Annual report of the Madras Medical College
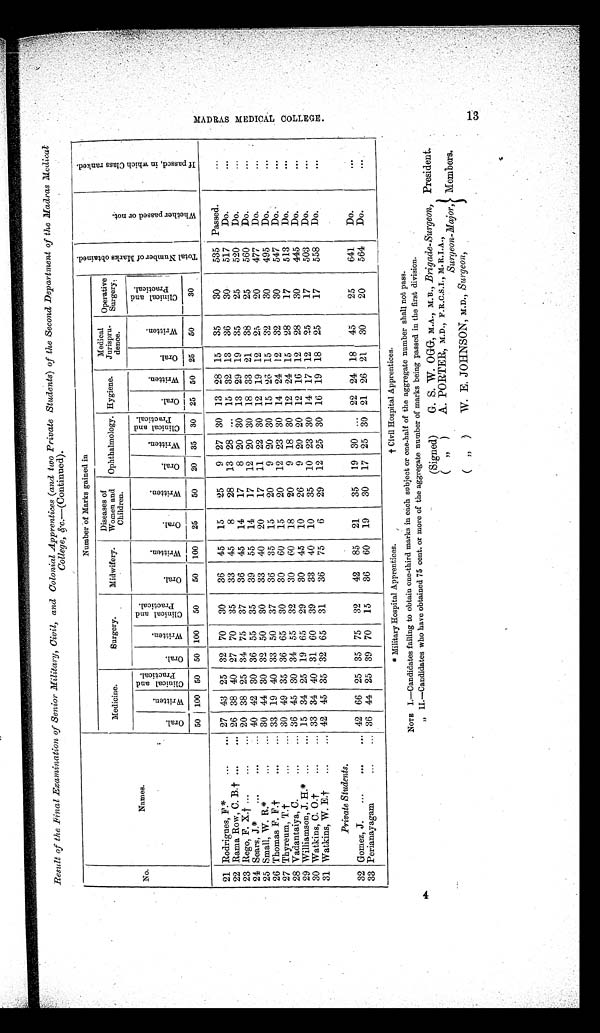
Result of the Final Examination of Senior Military, Civil, and Colonial Apprentices (and two Private Students) of the Second Department of the Madras Medical
College, &.c.—(Continued).
No.
Names.
Number of Marks gained in
T o t a l N u m b e r o f M a r k s o b t a i n e d .
W h e t e r p a s s e d o r n o t .
I f p a s s e d , i n w h i c h C l a s s r a n k e d .
Medicine.
Surgery.
Midwifery.
Diseases of
Women and
Children.
Ophthalmology. Hygiene.
Medical
Jurispru-
dence.
Operative
Surgery.
Oral .
W r i t t e n .
C l i n i c a l a n d P r a c t i c a l .
Oral .
Wr i t t e n .
C l i n i c a l a n d P r a c t i c a l .
Oral.
Wr i t t en.
Oral.
Wr i t t en.
Oral.
Wr i t t e n.
Cl i n i c a l a n d P r a c t i c a l .
Oral.
Wr i t t en.
Oral.
Wr i t t e n.
Cl i n i c a l a n d P r a c t i c a l .
50 100 50 50 100 50
50 100 25
50 20 35 30 25 50 25
50
30
21 Rodrigues ues, F.*
...
... 27 43 25 32 70 30
36 45 15
25
9 27 30 13 28 15 35
30
535 Passed.
...
22 Rama Row, C. B.† ...
... 26 38 40 27 70 35
33 45
8
28 13 28 ... 15 32 13 36
30
517
Do.
...
23 Rego, F. X.† ...
...
... 20 38 25 34 75 37
36 45 14
17
8 20 30 13 29 19 35
25
520
Do.
...
24 Sears, J.*
...
...
... 40 42 30 36 55 35
39 55 14
17 12 20 30 18 33 21 38
25
560
Do.
...
25 Small, W. R.*
...
... 30 44 30 32 50 30
33 40 20
17 11 22 30 12 19 12 25
20
477
Do.
...
26 Thomas F. F.†
...
... 33 19 40 33 50 37
36 35 15
20
9 20 30 15 26 15 32
30
495
Do.
...
27 Thyreum, T.†
...
... 30 49 35 36 65 30
30 60 15
20 12 23 30 14 24 12 32
30
547
Do.
...
28 Vadantaiya, C.
...
... 36 45 30 34 55 32
30 60 18
20
9 18 30 12 24 15 28
17
513
Do.
...
29 Williamson, J. H.* ...
... 15 34 25 19 65 29
30 45 10
26
9 20 20 12 16 12 28
30
445
Do.
...
30 Watkins, C. O.†
...
... 33 34 40 31 60 39
33 40 10
35 10 23 30 14 17 12 25
17
503
Do.
...
31 Watkins, W. E.†
...
... 42 45 35 32 65 31
36 75
6
29 12 25 30 16 19 18 25
17
558
Do.
...
Private Students.
32 Gomez, J.
...
...
... 42 66 25 35 75 32
42 85 21
35 19 30 ... 22 24 18 45
25
641
Do.
...
33 Perianayagam
...
... 36 44 25 39 70 15
36 60 19
30 17 25 30 21 26 21 30
20
564
Do.
...
* Military Hospital Apprentices.
† Civil Hospital Apprentices.
NOTE I.—Candidates failing to obtain one-third marks in each subject or one-half of the aggregate number shall not pass.
" II.—Candidates who have obtained 75 cent. or more of the aggregate number of marks being passed in the first division.
(Signed)
G. S. W. OGG, M.A., M.B., Brigade-Surgeon, President.
(") A. PORTER, M.D., F. R.C.S.I., M. R. I.A.,
Surg eon-Major, Members.
(") W. E. JOHNSON, M.D., Surgeon,
4
M A D R A S M E D I C A L C O L L E G E . 1 3